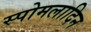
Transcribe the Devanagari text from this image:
स्पोमलादिन